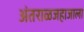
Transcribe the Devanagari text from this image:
अंतराळजहाजाला